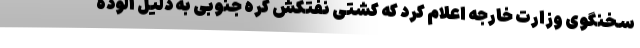
سخنگوی وزارت خارجه اعلام کرد که کشتی نفتکش کره جنوبی به دلیل آلوده